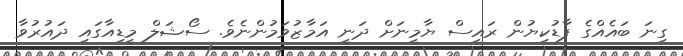
ގިނަ ބައެއްގެ ފާޑުކިޔުން ރައީސް ޔާމީނަށް ދަނީ އަމާޒުވަމުންނެވެ. ސޯޝަލް މީޑިއާގައި ދައުރުވާ